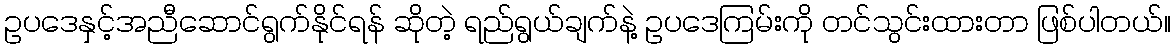
ဥပဒေနှင့်အညီဆောင်ရွက်နိုင်ရန် ဆိုတဲ့ ရည်ရွယ်ချက်နဲ့ ဥပဒေကြမ်းကို တင်သွင်းထားတာ ဖြစ်ပါတယ်။